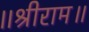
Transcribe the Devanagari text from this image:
॥श्रीराम॥